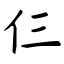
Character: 仨